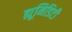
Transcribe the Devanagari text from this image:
ह्यूमिडिटी